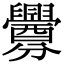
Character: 釁